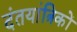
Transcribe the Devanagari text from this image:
दंतयांत्रिकों